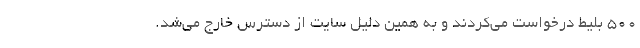
۵۰۰ بلیط درخواست می‌کردند و به همین دلیل سایت از دسترس خارج می‌شد.